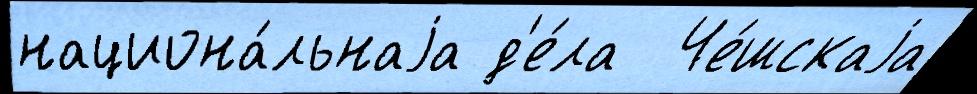
национа́льнаjа д'е́ла  Че́шскаjа